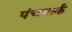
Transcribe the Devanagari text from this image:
पंचमार्क